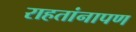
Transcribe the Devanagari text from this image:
राहतांनापण